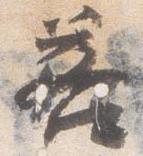
若